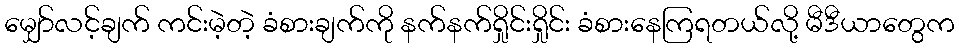
မျှော်လင့်ချက် ကင်းမဲ့တဲ့ ခံစားချက်ကို နက်နက်ရှိုင်းရှိုင်း ခံစားနေကြရတယ်လို့ မီဒီယာတွေက